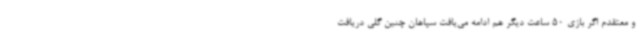
و معتقدم اگر بازی 50 ساعت دیگر هم ادامه می‌یافت سپاهان چنین گلی دریافت